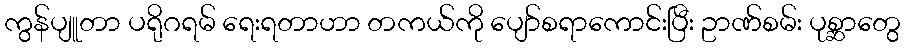
ကွန်ပျူတာ ပရိုဂရမ် ရေးရတာဟာ တကယ်ကို ပျော်စရာကောင်းပြီး ဥာဏ်စမ်း ပုစ္ဆာတွေ